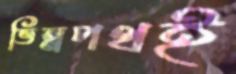
ভিন্নপথই